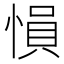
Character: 愪